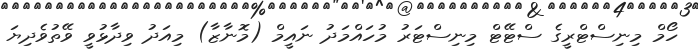
ހޯމް މިނިސްޓްރީގެ ސްޓޭޓް މިނިސްޓަރު މުހައްމަދު ނައީމް (މޮނާޒާ) މިއަދު ވިދާޅުވީ ވޭތުވެދިޔަ